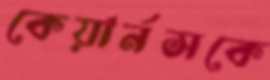
কেয়ার্নসকে